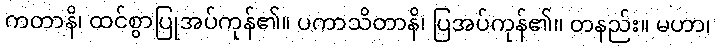
ကတာနိ၊ ထင်စွာပြုအပ်ကုန်၏။ ပကာသိတာနိ၊ ပြအပ်ကုန်၏။ တနည်း။ မဟာ၊